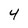
Character: 4